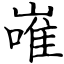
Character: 嶉